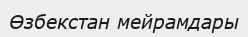
Өзбекстан мейрамдары